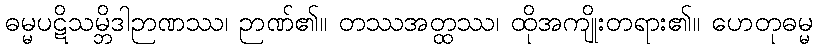
ဓမ္မပဋိသမ္ဘိဒါဉာဏဿ၊ ဉာဏ်၏။ တဿအတ္ထဿ၊ ထိုအကျိုးတရား၏။ ဟေတုဓမ္မ